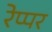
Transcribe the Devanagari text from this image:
रेप्पर